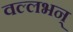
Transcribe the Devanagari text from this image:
वल्लभन्